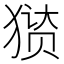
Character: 㺆